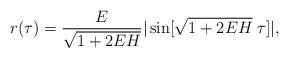
LaTeX: \begin{align*}r(\tau)=\frac{E}{\sqrt{1+2EH}}|\sin[\sqrt{1+2EH}\;\tau]|,\end{align*}